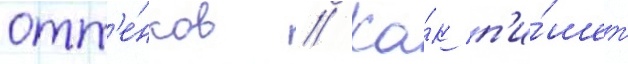
отт'е́нков // Ка́к п'и́шет